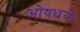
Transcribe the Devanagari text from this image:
ओषधयः